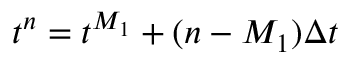
t ^ { n } = t ^ { M _ { 1 } } + ( n - M _ { 1 } ) \Delta t